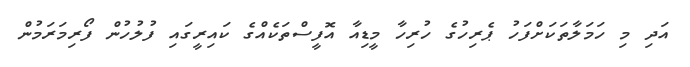
އަދި މި ހަމަލާތަކަށްފަހު ޕެރިހުގެ ހުރިހާ މީޑިއާ އޮފީސްތަކެއްގެ ކައިރީގައި ފުލުހުން ފޯރިމަރަމުން